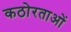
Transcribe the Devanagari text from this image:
कठोरताओं